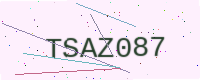
Text: TSAZ087